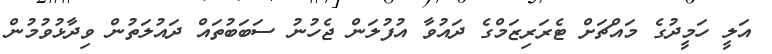
އަލީ ހަމީދުގެ މައްޗަށް ޓެރަރިޒަމްގެ ދައުވާ އުފުލަން ޖެހުނު ސަބަބުތައް ދައުލަތުން ވިދާޅުވުމުން